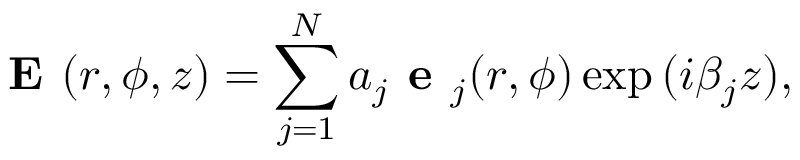
\textbf { E } ( r , \phi , z ) = \sum _ { j = 1 } ^ { N } a _ { j } \textbf { e } _ { j } ( r , \phi ) \exp { ( i \beta _ { j } z ) } ,